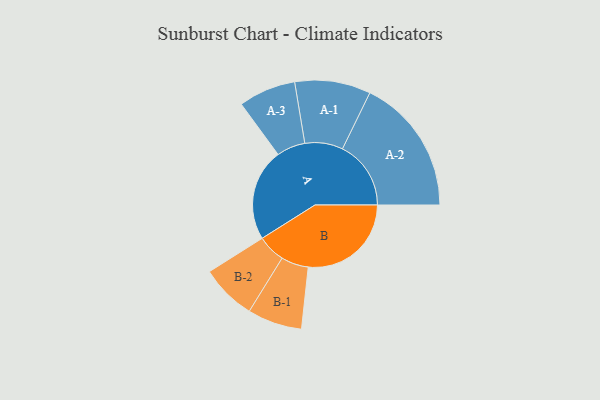
{"axis": {"x": "Segment", "y": "Value"}, "legend": ["", "A", "B"], "data": [{"x": "A", "y": 347, "type": ""}, {"x": "B", "y": 388, "type": ""}, {"x": "A-1", "y": 143, "type": "A"}, {"x": "A-2", "y": 258, "type": "A"}, {"x": "A-3", "y": 108, "type": "A"}, {"x": "B-1", "y": 103, "type": "B"}, {"x": "B-2", "y": 105, "type": "B"}]}